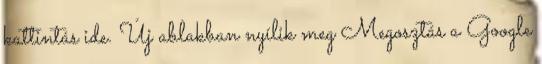
kattintás ide. Új ablakban nyílik meg Megosztás a Google